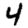
Digit: 4